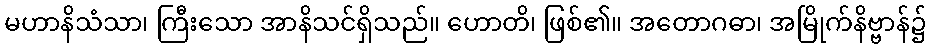
မဟာနိသံသာ၊ ကြီးသော အာနိသင်ရှိသည်။ ဟောတိ၊ ဖြစ်၏။ အတောဂဓာ၊ အမြိုက်နိဗ္ဗာန်၌